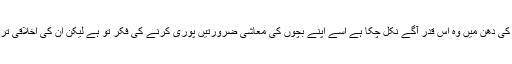
لیکن باپ پیسے کمانے کی دھن میں وہ اس قدر آگے نکل چکا ہے اسے اپنے بچوں کی معاشی ضرورتیں پوری کرنے کی فکر تو ہے لیکن ان کی اخلاقی تربیت کی کوئی فکر نہیں۔